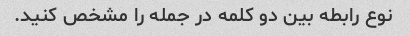
نوع رابطه بین دو کلمه در جمله را مشخص کنید.